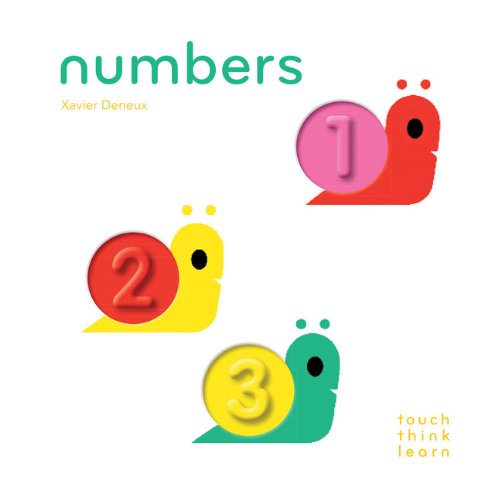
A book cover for TouchThinkLearn: Numbers; Xavier Deneux; Science & Math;